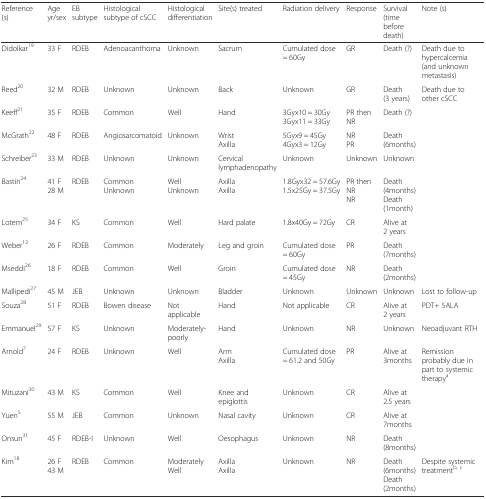
<table><thead><tr><td><b>Reference (s)</b></td><td><b>Age yr/sex</b></td><td><b>EB subtype</b></td><td><b>Histological subtype of cSCC</b></td><td><b>Histological differentiation</b></td><td><b>Site(s) treated</b></td><td><b>Radiation delivery</b></td><td><b>Response</b></td><td><b>Survival (time before death)</b></td><td><b>Note (s)</b></td></tr></thead><tbody><tr><td>Didolkar<sup>19</sup></td><td>33 F</td><td>RDEB</td><td>Adenoacanthoma</td><td>Unknown</td><td>Sacrum</td><td>Cumulated dose = 60Gy</td><td>GR</td><td>Death (?)</td><td>Death due to hypercalcemia (and unknown metastasis)</td></tr><tr><td>Reed<sup>20</sup></td><td>32 M</td><td>RDEB</td><td>Unknown</td><td>Unknown</td><td>Back</td><td>Unknown</td><td>GR</td><td>Death (3 years)</td><td>Death due to other cSCC</td></tr><tr><td>Keeff<sup>21</sup></td><td>35 F</td><td>RDEB</td><td>Common</td><td>Well</td><td>Hand</td><td>3Gyx10 = 30Gy3Gyx11 = 33Gy</td><td>PR then NR</td><td>Death (?)</td><td></td></tr><tr><td>McGrath<sup>22</sup></td><td>48 F</td><td>RDEB</td><td>Angiosarcomatoid</td><td>Unknown</td><td>WristAxilla</td><td>5Gyx9 = 45Gy4Gyx3 = 12Gy</td><td>NRPR</td><td>Death (6months)</td><td></td></tr><tr><td>Schreiber<sup>23</sup></td><td>33 M</td><td>RDEB</td><td>Unknown</td><td>Unknown</td><td>Cervical lymphadenopathy</td><td>Unknown</td><td>Unknown</td><td>Unknown</td><td></td></tr><tr><td>Bastin<sup>24</sup></td><td>41 F28 M</td><td>RDEB</td><td>CommonUnknown</td><td>WellUnknown</td><td>AxillaAxilla</td><td>1.8Gyx32 = 57.6Gy1.5x25Gy = 37.5Gy</td><td>PR then NRNR</td><td>Death (4months)Death (1month)</td><td></td></tr><tr><td>Lotem<sup>25</sup></td><td>34 F</td><td>KS</td><td>Common</td><td>Well</td><td>Hard palate</td><td>1.8x40Gy = 72Gy</td><td>CR</td><td>Alive at 2 years</td><td></td></tr><tr><td>Weber<sup>12</sup></td><td>26 F</td><td>RDEB</td><td>Common</td><td>Moderately</td><td>Leg and groin</td><td>Cumulated dose = 60Gy</td><td>PR</td><td>Death (7months)</td><td></td></tr><tr><td>Mseddi<sup>26</sup></td><td>18 F</td><td>RDEB</td><td>Common</td><td>Well</td><td>Groin</td><td>Cumulated dose = 45Gy</td><td>NR</td><td>Death (2months)</td><td></td></tr><tr><td>Mallipedi<sup>27</sup></td><td>45 M</td><td>JEB</td><td>Unknown</td><td>Unknown</td><td>Bladder</td><td>Unknown</td><td>Unknown</td><td>Unknown</td><td>Lost to follow-up</td></tr><tr><td>Souza<sup>28</sup></td><td>51 F</td><td>RDEB</td><td>Bowen disease</td><td>Not applicable</td><td>Hand</td><td>Not applicable</td><td>CR</td><td>Alive at 2 years</td><td>PDT+ 5ALA</td></tr><tr><td>Emmanuel<sup>29</sup></td><td>57 F</td><td>KS</td><td>Unknown</td><td>Moderately-poorly</td><td>Hand</td><td>Unknown</td><td>NR</td><td>Unknown</td><td>Neoadjuvant RTH</td></tr><tr><td>Arnold<sup>7</sup></td><td>24 F</td><td>RDEB</td><td>Unknown</td><td>Well</td><td>ArmAxilla</td><td>Cumulated dose = 61.2 and 50Gy</td><td>PR</td><td>Alive at 3months</td><td>Remission probably due in part to systemic therapy<sup>a</sup></td></tr><tr><td>Mituzani<sup>30</sup></td><td>43 M</td><td>KS</td><td>Common</td><td>Well</td><td>Knee and epiglottis</td><td>Unknown</td><td>CR</td><td>Alive at 2.5 years</td><td></td></tr><tr><td>Yuen<sup>5</sup></td><td>55 M</td><td>JEB</td><td>Common</td><td>Unknown</td><td>Nasal cavity</td><td>Unknown</td><td>CR</td><td>Alive at 7months</td><td></td></tr><tr><td>Onsun<sup>31</sup></td><td>45 F</td><td>RDEB-I</td><td>Unknown</td><td>Well</td><td>Oesophagus</td><td>Unknown</td><td>NR</td><td>Death (8months)</td><td></td></tr><tr><td>Kim<sup>18</sup></td><td>26 F43 M</td><td>RDEB</td><td>Common</td><td>ModeratelyWell</td><td>AxillaAxilla</td><td>Unknown</td><td>NR</td><td>Death (6months)Death (2months)</td><td>Despite systemic treatment<sup>b, c</sup></td></tr></tbody></table>